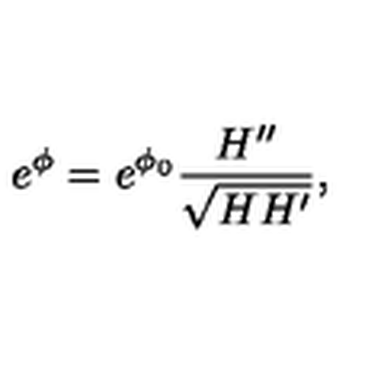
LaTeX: e ^ { \phi } = e ^ { \phi _ { 0 } } \frac { H ^ { \prime \prime } } { \sqrt { H H ^ { \prime } } } ,